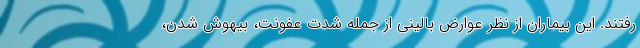
رفتند. این بیماران از نظر عوارض بالینی از جمله شدت عفونت، بیهوش شدن،